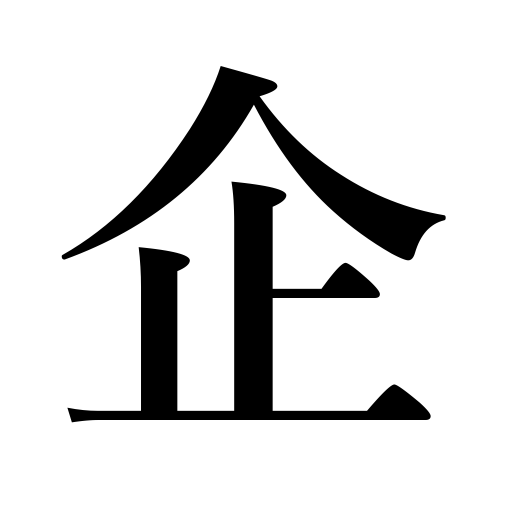
Meanings: design,contemplate,attempt,intend,undertake,plot,plan,propose